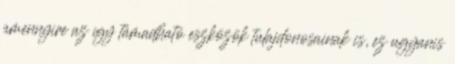
amennyire az így támadható eszközök tulajdonosainak is, ez ugyanis